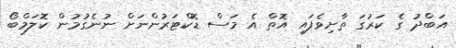
އަބްދު ގެ ކަރުގަ ތާށިވެފައި އޮތް އެ މަސް ޑޮކްޓަރުންނަށް ނުނެގުމުން ކޮލަމްބޯ